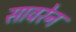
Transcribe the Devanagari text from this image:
सावरेन